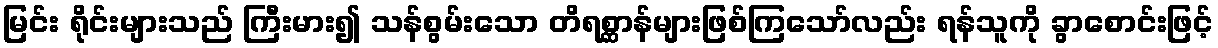
မြင်း ရိုင်းများသည် ကြီးမား၍ သန်စွမ်းသော တိရစ္ဆာန်များဖြစ်ကြသော်လည်း ရန်သူကို ခွာစောင်းဖြင့်